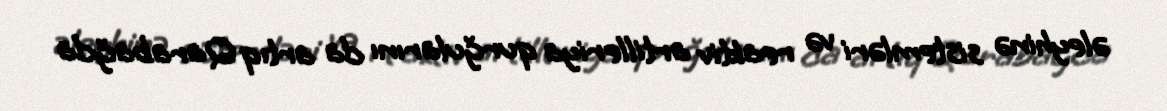
əleyhinə sistemləri və reaktiv artilleriya qurğularını da artıq Qarabağda